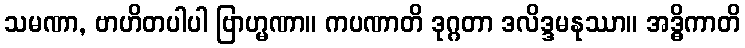
သမဏာ, ဗာဟိတပါပါ ဗြာဟ္မဏာ။ ကပဏာတိ ဒုဂ္ဂတာ ဒလိဒ္ဒမနုဿာ။ အဒ္ဓိကာတိ